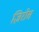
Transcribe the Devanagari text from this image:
ज़िरोस